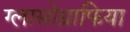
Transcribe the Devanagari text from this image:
ग्लासोग्राफिया